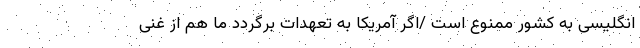
انگلیسی به کشور ممنوع است /اگر آمریکا به تعهدات برگردد ما هم از غنی